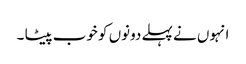
انہوں نے پہلے دونوں کو خوب پیٹا ۔